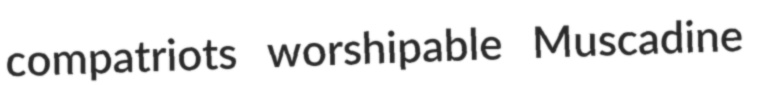
compatriots worshipable Muscadine